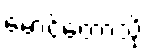
မောင်တောသို့